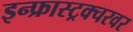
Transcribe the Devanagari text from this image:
इन्फ्रास्ट्रक्चरवर